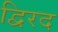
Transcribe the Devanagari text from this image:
द्विरद